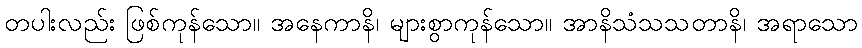
တပါးလည်း ဖြစ်ကုန်သော။ အနေကာနိ၊ များစွာကုန်သော။ အာနိသံသသတာနိ၊ အရာသော